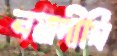
নয়াদীঘি